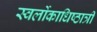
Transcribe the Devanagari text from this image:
स्वर्लोकाधिष्ठात्रीं